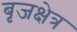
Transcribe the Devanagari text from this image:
बृजक्षेत्र